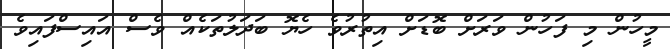
މީހުން މި ފަހުން ވަރަށް ބޮޑަށް އިތުރުވެ ހެޔޮ ބަދަލުތަކެއް ވެސް އައިސްފައިވެ